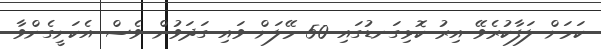
ކަމަށް ލަފާކުރެވޭ އިރު ކޮޅިގަނޑުގައި 50 މޭލަށް ވައި ގަދަވުން ވެސް އެކަށީގެންވާ